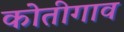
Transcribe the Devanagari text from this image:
कोतीगाव